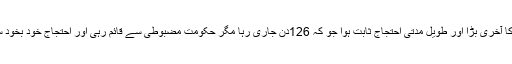
یہ احتجاج پاکستانی کی حالیہ تاریخ کا آخری بڑا اور طویل مدتی احتجاج ثابت ہوا جو کہ 126دن جاری رہا مگر حکومت مضبوطی سے قائم رہی اور احتجاج خود بخود سانحہ APS کے بعد اختتام پذیر ہوا۔